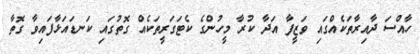
ހާއްސަ ދާއިރާތަކެއްގައި ވަޒީފާ އަދާ ކުރާ މީހުންގެ ކެޓަގަރީތަކެއް ގޮތުގައި ކަނޑައަޅާފައިވާ ގޮތާ